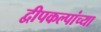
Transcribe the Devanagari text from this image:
द्वीपकल्पांच्या